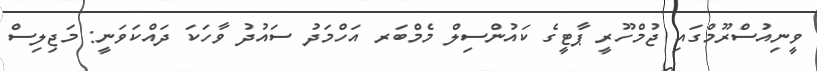
ވީނިއުސްރޫމްގައި ޖުމްހޫރީ ޕާޓީގެ ކައުންސިލް މެމްބަރ އަހްމަދު ސައުދު ވާހަކަ ދައްކަވަނީ: މަޖިލިސް